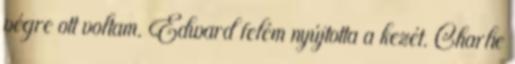
végre ott voltam. Edward felém nyújtotta a kezét. Charlie